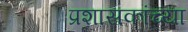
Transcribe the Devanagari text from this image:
प्रशासकांच्या